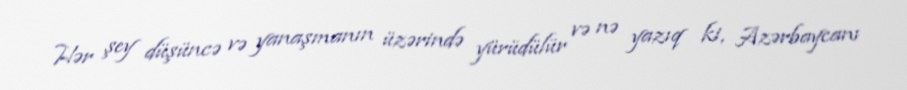
Hər şey düşüncə və yanaşmanın üzərində yürüdülür və nə yazıq ki, Azərbaycanı